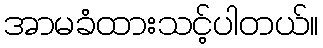
အာမခံထားသင့်ပါတယ်။